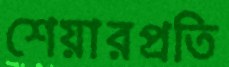
শেয়ারপ্রতি